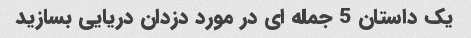
یک داستان 5 جمله ای در مورد دزدان دریایی بسازید